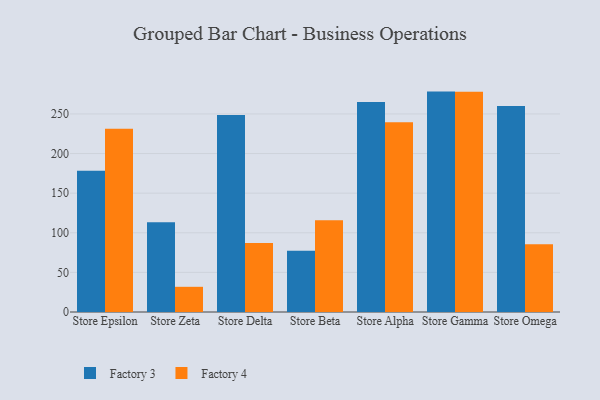
{"axis": {"x": "Store", "y": "Revenue (USD Million)"}, "legend": ["Factory 3", "Factory 4"], "data": [{"x": "Store Epsilon", "y": 178.2, "type": "Factory 3"}, {"x": "Store Epsilon", "y": 231.3, "type": "Factory 4"}, {"x": "Store Zeta", "y": 113.2, "type": "Factory 3"}, {"x": "Store Zeta", "y": 31.8, "type": "Factory 4"}, {"x": "Store Delta", "y": 248.8, "type": "Factory 3"}, {"x": "Store Delta", "y": 87.2, "type": "Factory 4"}, {"x": "Store Beta", "y": 77.4, "type": "Factory 3"}, {"x": "Store Beta", "y": 115.9, "type": "Factory 4"}, {"x": "Store Alpha", "y": 265.0, "type": "Factory 3"}, {"x": "Store Alpha", "y": 239.5, "type": "Factory 4"}, {"x": "Store Gamma", "y": 278.2, "type": "Factory 3"}, {"x": "Store Gamma", "y": 277.9, "type": "Factory 4"}, {"x": "Store Omega", "y": 260.1, "type": "Factory 3"}, {"x": "Store Omega", "y": 85.4, "type": "Factory 4"}]}